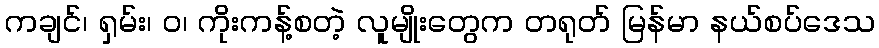
ကချင်၊ ရှမ်း၊ ဝ၊ ကိုးကန့်စတဲ့ လူမျိုးတွေက တရုတ် မြန်မာ နယ်စပ်ဒေသ